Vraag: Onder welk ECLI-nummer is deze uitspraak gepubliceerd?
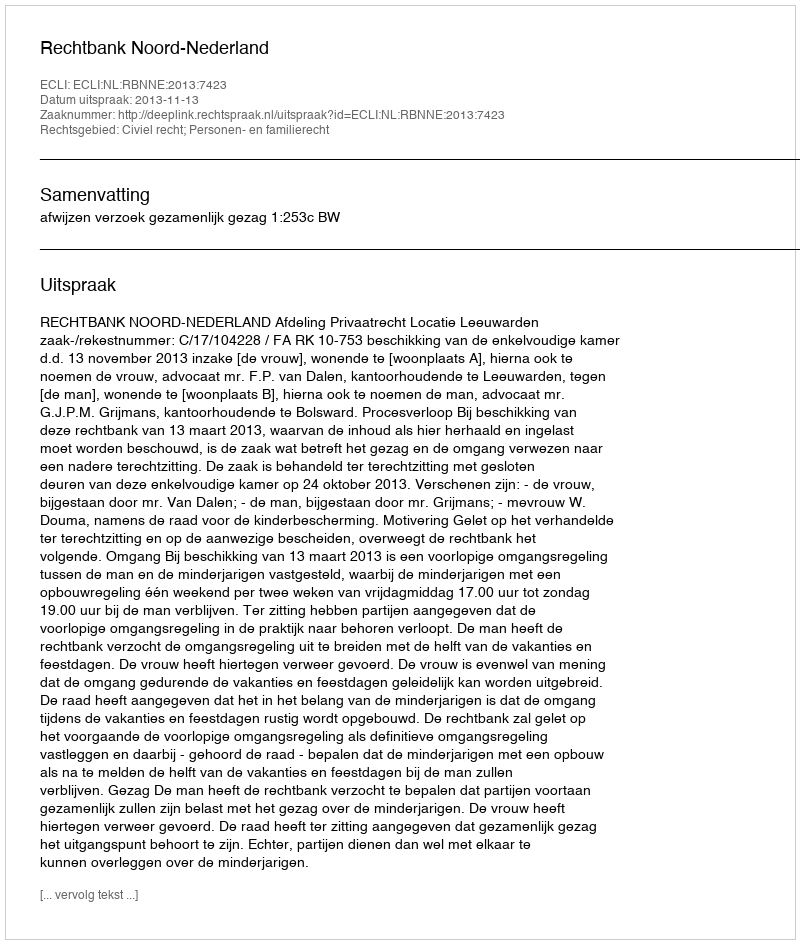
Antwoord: ECLI:NL:RBNNE:2013:7423